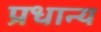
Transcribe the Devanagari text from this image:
प्रधान्य